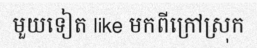
មួយទៀត like មកពីក្រៅស្រុក